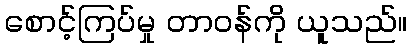
စောင့်ကြပ်မှု တာဝန်ကို ယူသည်။